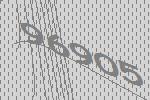
96905